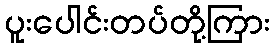
ပူးပေါင်းတပ်တို့ကြား